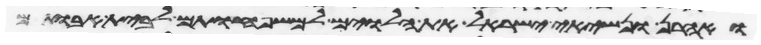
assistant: ואהרן ונשיאי ישראל את הלוים למשפחותם לבית אבותם